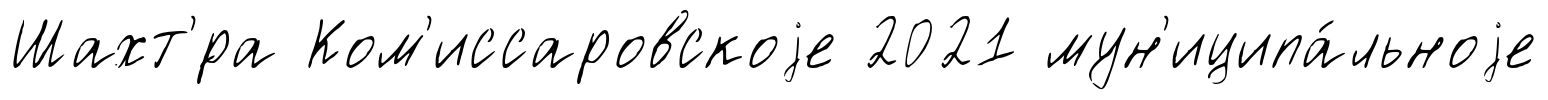
Шахт'́ра Ком'иссаровскоjе 2021 мун'иципа́льноjе